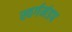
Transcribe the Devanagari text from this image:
स्वर्गमंडप